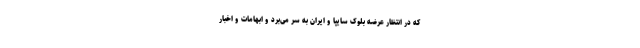
که در انتظار عرضه بلوک سایپا و ایران به سر می‌برد و ابهامات و اخبار